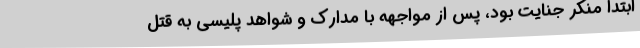
ابتدا منکر جنایت بود، پس از مواجهه با مدارک و شواهد پلیسی به قتل